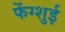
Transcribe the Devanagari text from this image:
फेंग्शुई